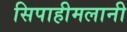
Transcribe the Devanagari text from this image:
सिपाहीमलानी